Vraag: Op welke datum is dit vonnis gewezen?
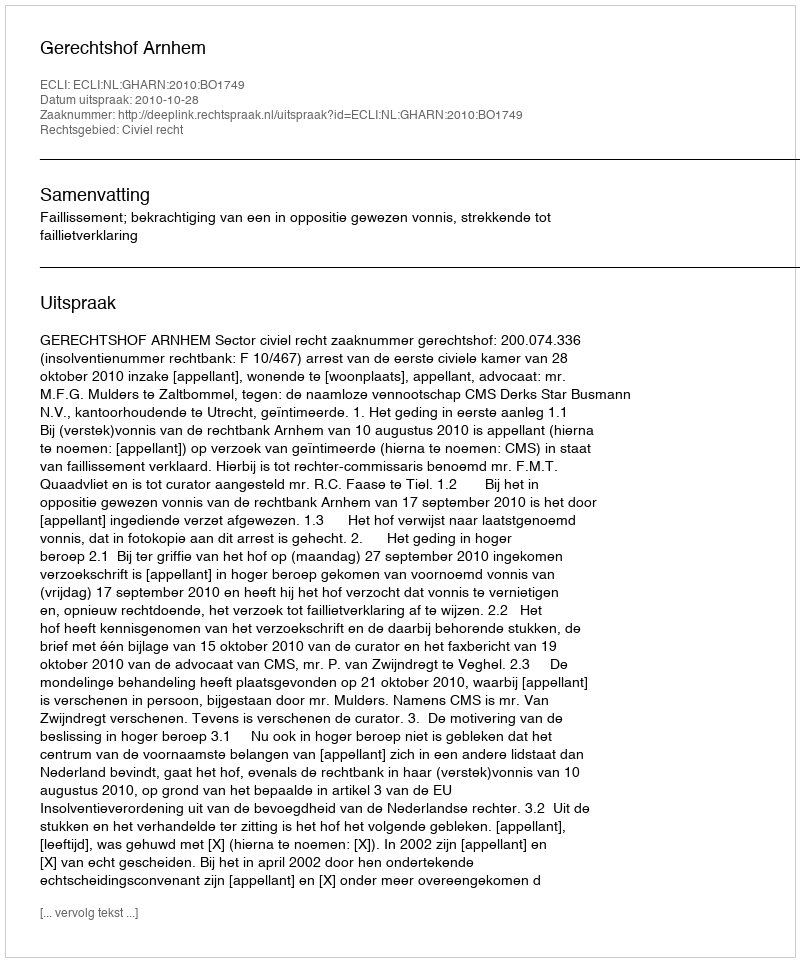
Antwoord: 2010-10-28